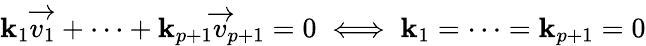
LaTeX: \mathbf{k}_{1}{\overrightarrow{{v_{1}}}}+\dots+\mathbf{k}_{p+1}{\overrightarrow{{v}}}_{p+1}=0\iff\mathbf{k}_{1}=\dots=\mathbf{k}_{p+1}=0